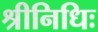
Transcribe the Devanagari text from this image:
श्रीनिधिः